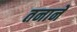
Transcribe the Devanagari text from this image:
तनाने